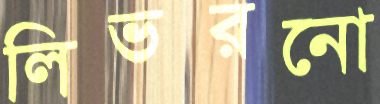
লিভরনো